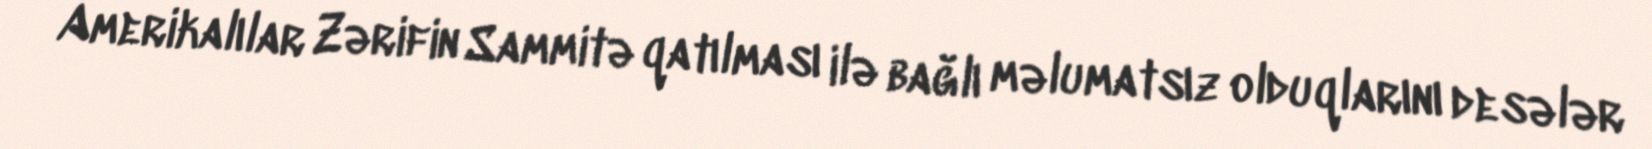
Amerikalılar Zərifin Sammitə qatılması ilə bağlı məlumatsız olduqlarını desələr